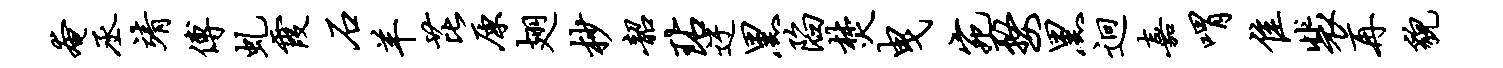
奄丞靖傅虬霞石羊芘原翅杪韶玷迂黑陷焚曳宛婺黑迥嘉喟隹裴再貌